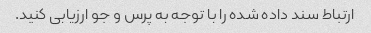
ارتباط سند داده شده را با توجه به پرس و جو ارزیابی کنید.